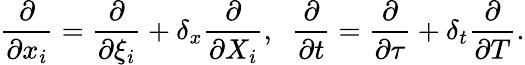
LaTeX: \frac{\partial}{\partial x_{i}}=\frac{\partial}{\partial\xi_{i}}+\delta_{x}\frac{\partial}{\partial X_{i}},\; \; \frac{\partial}{\partial t}=\frac{\partial}{\partial\tau}+\delta_{t}\frac{\partial}{\partial T}.